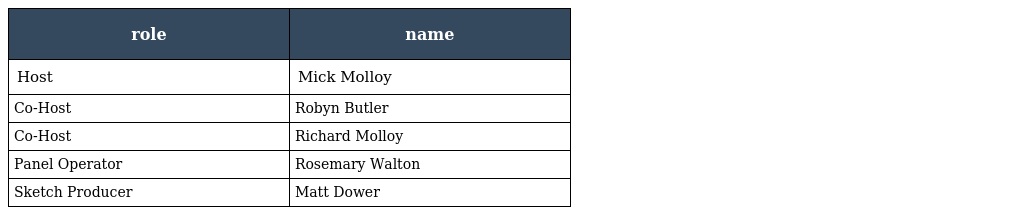
| role | name |
 | --- | --- |
 | Host | Mick Molloy |
 | Co-Host | Robyn Butler |
 | Co-Host | Richard Molloy |
 | Panel Operator | Rosemary Walton |
 | Sketch Producer | Matt Dower |